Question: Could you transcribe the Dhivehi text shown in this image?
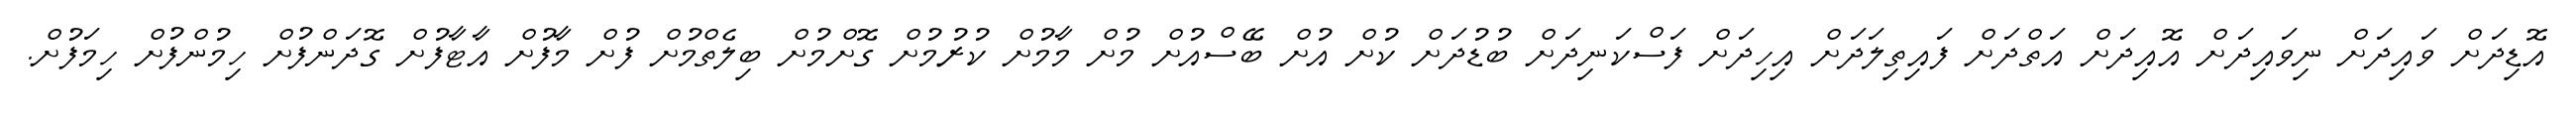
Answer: އޮޑިދަށް ވައިދަށް ނިވައިދަށް އޮއިދަށް އަތްދަށް ފައިތިލަދަށް އިހިދަށް ފަސްކަނިދަށް ބުޑުދަށް ކުށް އުށް ބޭސްއުށް މުށް މާމުށް ކުރުމުށް ގޮށްމުށް ބިލެތްމުށް ފުށް މާފުށް އާޓާފުށް ގޮދަންފުށް ހިމުންފުށް ހިމަފުށް.